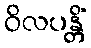
ဝိလပန္တိံ